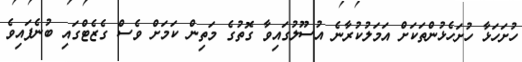
ހުށަހަޅާ ހުށަހެޅުންތަކަށް އަމަލުކުރާނެ އުސޫލުގައިވާ ގޮތުގެ މަތިން ކަމަށް ވެސް ގެޒެޓްގައި ބުނެފައިވެ